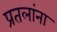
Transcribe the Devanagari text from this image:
प्रतलांना